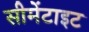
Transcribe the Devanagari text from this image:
सीमेंटाइट